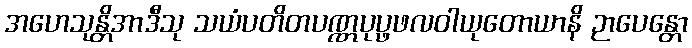
အဟေသုန္တိအာဒီသု သယံပတိတပဏ္ဏပုပ္ဖဖလဝါယုတောယာနိ ဉာပေန္တော